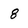
Character: 8